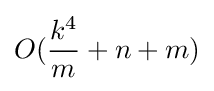
O({\frac {k^{4}}{m}}+n+m)